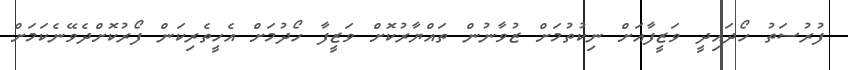
ފުރުސަތު ހޯދައިދީ ވަޒީފާއަށް ނިކުތުމަށް ޒުވާނުން ތައްޔާރުކޮށް ވަޒީފާ ހޯދުމަށް އެހީތެރިކަން ފޯރުކޮށްދެވޭނެކަމަށް